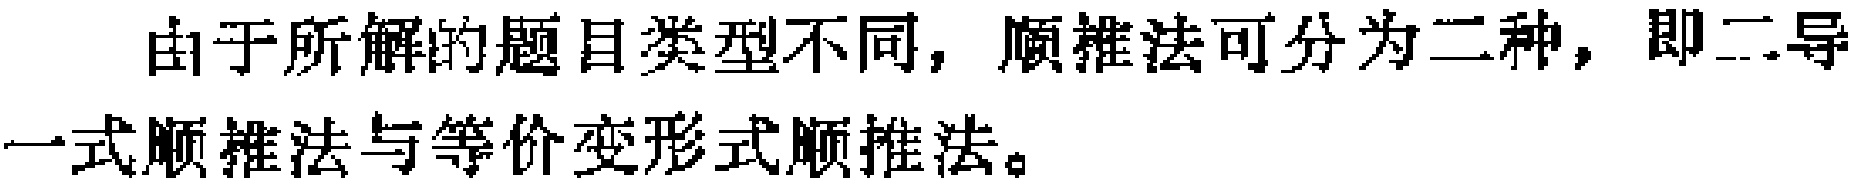
由于所解的题目类型不同，顺推法可分为二种，即二导一式顺推法与等价变形式顺推法。